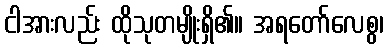
ငါအားလည်း ထိုသုတမျိုးရှိ၏။ အရတော်လေစွ၊